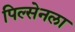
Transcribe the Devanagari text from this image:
पिल्सेनला